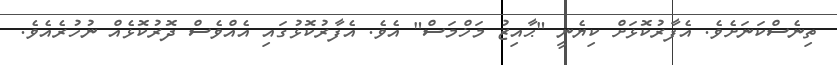
ތިނެސްކަނަށެވެ. އެފާރުކޮޅަށް ކިޔެނީ "ޙާއިޒު މަޚްމަސް" އެވެ. އެފާރުކޮޅުގައި އެއްވެސް ދޮރުކޮޅެއް ނުހުރެއެވެ.